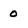
Character: 0